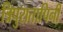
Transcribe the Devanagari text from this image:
त्रिपुरातापिनी